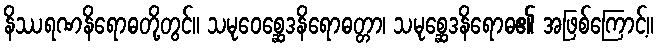
နိဿရဏနိရောဓတို့တွင်။ သမုဝေစ္ဆေဒနိရောဓတ္တာ၊ သမုစ္ဆေဒနိရောဓ၏ အဖြစ်ကြောင့်။